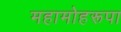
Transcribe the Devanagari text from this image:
महामोहरूपा